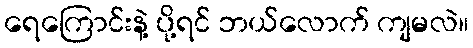
ရေကြောင်းနဲ့ ပို့ရင် ဘယ်လောက် ကျမလဲ။